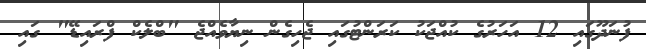
ފުނަދޫގައި 12 އަހަރުގެ ކުއްޖަކު ކަރަންޓުގައި ޖެހިގެން ނިޔާވެއްޖެ "ބްލެކް ފްރައިޑޭ" ގައި